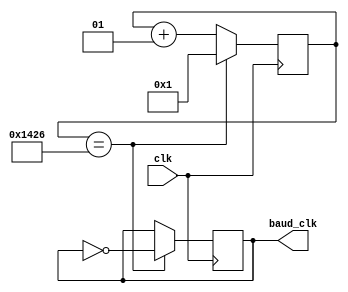
`timescale 1ns / 1ps
//////////////////////////////////////////////////////////////////////////////////
// Company: 
// Engineer: 
// 
// Design Name: 
// Module Name: baud_rate_gen
// Project Name: 
// Target Devices: 
// Tool Versions: 
// Description: 
// 
// Dependencies: 
// 
// Revision:
// Revision 0.01 - File Created
// Additional Comments:
// 
//////////////////////////////////////////////////////////////////////////////////


module baud_rate_gen(
    input clk,
    output reg baud_clk
    );integer count=1;
    initial
    begin
    baud_clk<=1;
    end
    always@(posedge clk)
    begin
    if(count==5158)
    begin
    baud_clk=~baud_clk;
    count=1;
    end
    else
    begin
    count<=count+1;
    end
    end
endmodule